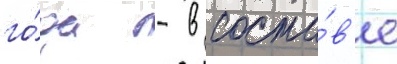
го́да - в соста́в'е